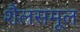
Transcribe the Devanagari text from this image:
शैलसमूल